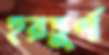
হরতুর্ণ